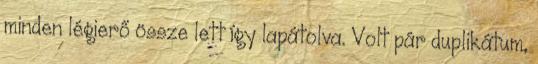
minden légierő össze lett így lapátolva. Volt pár duplikátum,